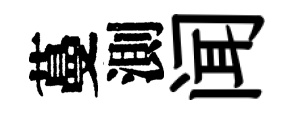
蔓測闻